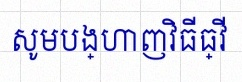
សូមបង្ហាញវិធីធ្វើ